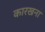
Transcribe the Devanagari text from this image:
कारखना